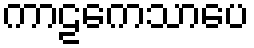
ကာဠကေသာပေ